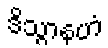
ဒိသွာနဟံ